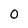
Character: 0